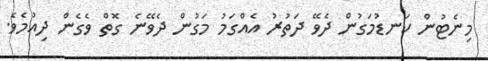
މިނެޓުން ކަނޑުމަގުން ދެވޭ ދަތުރު އެއްގަމު މަގުން ދެވޭނެ ގޮތް ވެގެން ދިއުމެވެ.